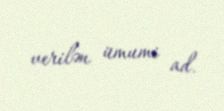
verilən ümumi ad.